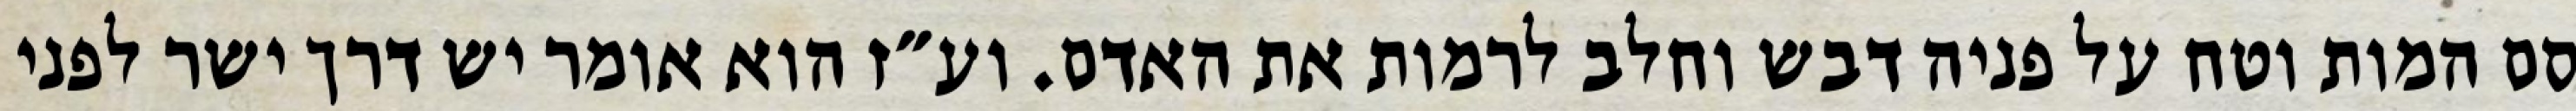
סם המות וטח על פניה דבש וחלב לרמות את האדם. וע״ז הוא אומר יש דרך ישר לפני